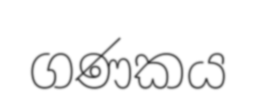
ගණකය